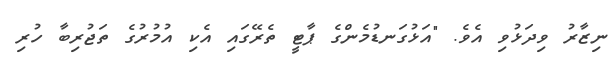
ނިޒާރު ވިދަޅުވި އެވެ. "އަޅުގަނޑުމެންގެ ޕާޓީ ތެރޭގައި އެކި އުމުރުގެ ތަޖުރިބާ ހުރި